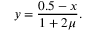
y = \frac { 0 . 5 - x } { 1 + 2 \mu } .